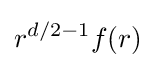
r^{d/2-1}f(r)